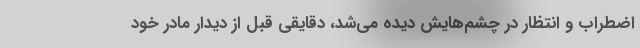
اضطراب و انتظار در چشم‌هایش دیده می‌شد، دقایقی قبل از دیدار مادر خود